Report of the Bombay Veterinary College
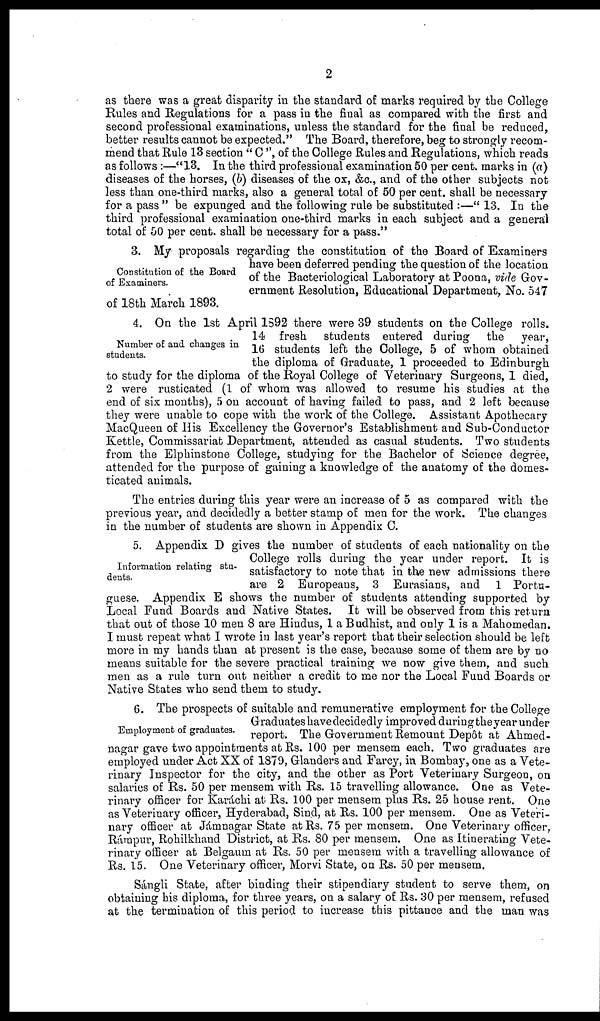
2
as there was a great disparity in the standard of marks required by the College
Rules and Regulations for a pass in the final as compared with the first and
second professional examinations, unless the standard for the final be reduced,
better results cannot be expected." The Board, therefore, beg to strongly recom¬
mend that Rule 13 section "C", of the College Rules and Regulations, which reads
as follows:—"13. In the third professional examination 50 per cent. marks in (a)
diseases of the horses, (b) diseases of the ox, &c., and of the other subjects not
less than one-third marks, also a general total of 50 per cent. shall be necessary
for a pass " be expunged and the following rule be substituted :—" 13. In the
third professional examination one-third marks in each subject and a general
total of 50 per cent. shall be necessary for a pass."
Constitution of the Board
of Examiners.
3. My proposals regarding the constitution of the Board of Examiners
have been deferred pending the question of the location
of the Bacteriological Laboratory at Poona, vide Gov-
ernment Resolution, Educational Department, No. 547
of 18th March 1893.
Number of and changes in
students.
4. On the 1st April 1592 there were 39 students on the College rolls.
14 fresh students entered during the year,
16 students left the College, 5 of whom obtained
the diploma of Graduate, 1 proceeded to Edinburgh
to study for the diploma of the Royal College of Veterinary Surgeons, 1 died,
2 were rusticated (1 of whom was allowed to resume his studies at the
end of six months), 5 on account of having failed to pass, and 2 left because
they were unable to cope with the work of the College. Assistant Apothecary
MacQueen of His Excellency the Governor's Establishment and Sub-Conductor
Kettle, Commissariat Department, attended as casual students. Two students
from the Elphinstone College, studying for the Bachelor of Science degree,
attended for the purpose of gaining a knowledge of the anatomy of the domes-
ticated animals.
The entries during this year were an increase of 5 as compared with the
previous year, and decidedly a better stamp of men for the work. The changes
in the number of students are shown in Appendix C.
Information relating stu-
dents.
5. Appendix D gives the number of students of each nationality on the
College rolls during the year under report. It is
satisfactory to note that in the new admissions there
are 2 Europeans, 3 Eurasians, and 1 Portu-
guese. Appendix E shows the number of students attending supported by
Local Fund Boards and Native States. It will be observed from this return
that out of those 10 men 8 are Hindus, 1 a Budhist, and only 1 is a Mahomedan.
I must repeat what I wrote in last year's report that their selection should be left
more in my hands than at present is the case, because some of them are by no
means suitable for the severe practical training we now give them, and such
men as a rule turn out neither a credit to me nor the Local Fund Boards or
Native States who send them to study.
Employment of graduates.
6. The prospects of suitable and remunerative employment for the College
Graduates have decidedly improved during the year under
report. The Government Remount Depôt at Ahmed -
nagar gave two appointments at Rs. 100 per mensem each. Two graduates are
employed under Act XX of 1879, Glanders and Farcy, in Bombay, one as a Vete-
rinary Inspector for the city, and the other as Port Veterinary Surgeon, on
salaries of Rs. 50 per mensem with Rs. 15 travelling allowance. One as Vete-
rinary officer for Karáchi at Rs. 100 per mensem plus Rs. 25 house rent. One
as Veterinary officer, Hyderabad, Sind, at Rs. 100 per mensem. One as Veteri-
nary officer at Jámnagar State at Rs. 75 per mensem. One Veterinary officer,
Rámpur, Rohilkhand District, at Rs. 80 per mensem. One as Itinerating Vete-
rinary officer at Belgaum at Rs. 50 per mensem with a travelling allowance of
Rs. 15. One Veterinary officer, Morvi State, on Rs. 50 per mensem.
Sángli State, after binding their stipendiary student to serve them, on
obtaining his diploma, for three years, on a salary of Rs. 30 per mensem, refused
at the termination of this period to increase this pittance and the man was